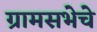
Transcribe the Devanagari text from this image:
ग्रामसभेचे